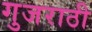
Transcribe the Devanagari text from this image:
गुजराठी